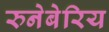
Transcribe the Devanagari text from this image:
रुनेबेरिय